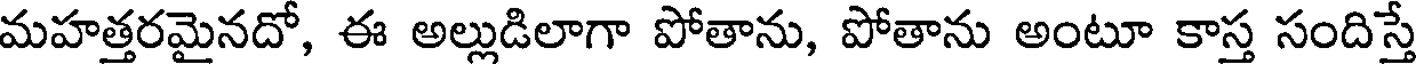
మహత్తరమైనదో, ఈ అల్లుడిలాగా పోతాను, పోతాను అంటూ కాస్త సందిస్తే